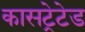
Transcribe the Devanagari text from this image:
कासट्रेटेड